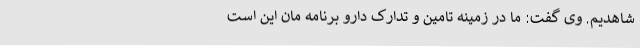
شاهدیم. وی گفت: ما در زمینه تامین و تدارک دارو برنامه ‌مان این است